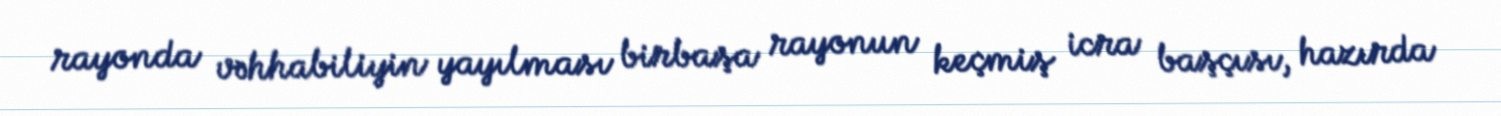
rayonda vəhhabiliyin yayılması birbaşa rayonun keçmiş icra başçısı, hazırda